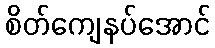
စိတ်ကျေနပ်အောင်